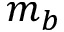
m _ { b }